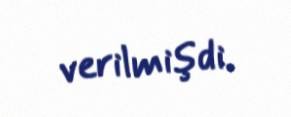
verilmişdi.